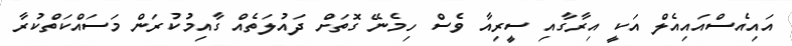
އައިއެސްއައިއެލް އަކީ އިރާގާއި ސީރިއާ ވެސް ހިމެނޭ ގޮތަށް ދައުލަތެއް ގާއިމުކުރަން މަސައްކަތްކުރާ